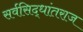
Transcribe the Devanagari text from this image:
सर्वसिद्धांतराज